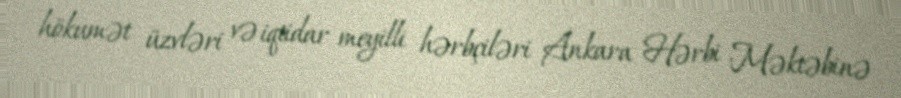
hökumət üzvləri və iqtidar meyilli hərbçiləri Ankara Hərbi Məktəbinə